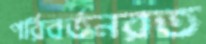
পরিবর্তনরত